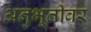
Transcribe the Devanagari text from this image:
अनुभूतीवर